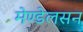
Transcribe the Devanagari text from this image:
मेण्डेलसन